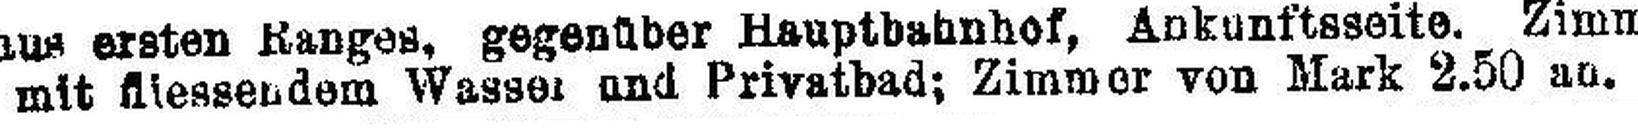
mit fliessendem Wasser und Privatbad; Zimmer von Mark 2.50 an.